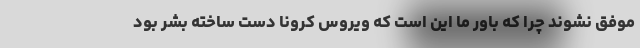
موفق نشوند چرا که باور ما این است که ویروس کرونا دست ساخته بشر بود